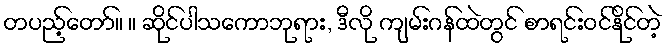
တပည့်တော်။ ။ ဆိုင်ပါသကောဘုရား, ဒီလို ကျမ်းဂန်ထဲတွင် စာရင်းဝင်နိုင်တဲ့